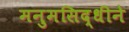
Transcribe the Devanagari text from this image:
मनुमसिद्धीने